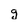
Character: g